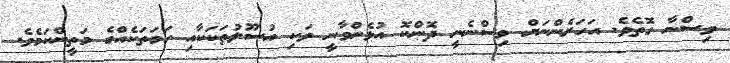
ވިސްނާ ގޮތެވެ. އަހަރެންނަށް ވިސްނެނީ ދޮންކޮ އުޅެންވާނީ ވަކި އުސޫލުތަކަކާއި ހަމަތަކެއްގެ މަތީންކަމެވެ.